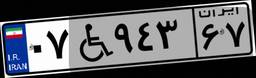
۶۰W۳۴۱۱۸